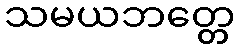
သမယဘတ္တေ